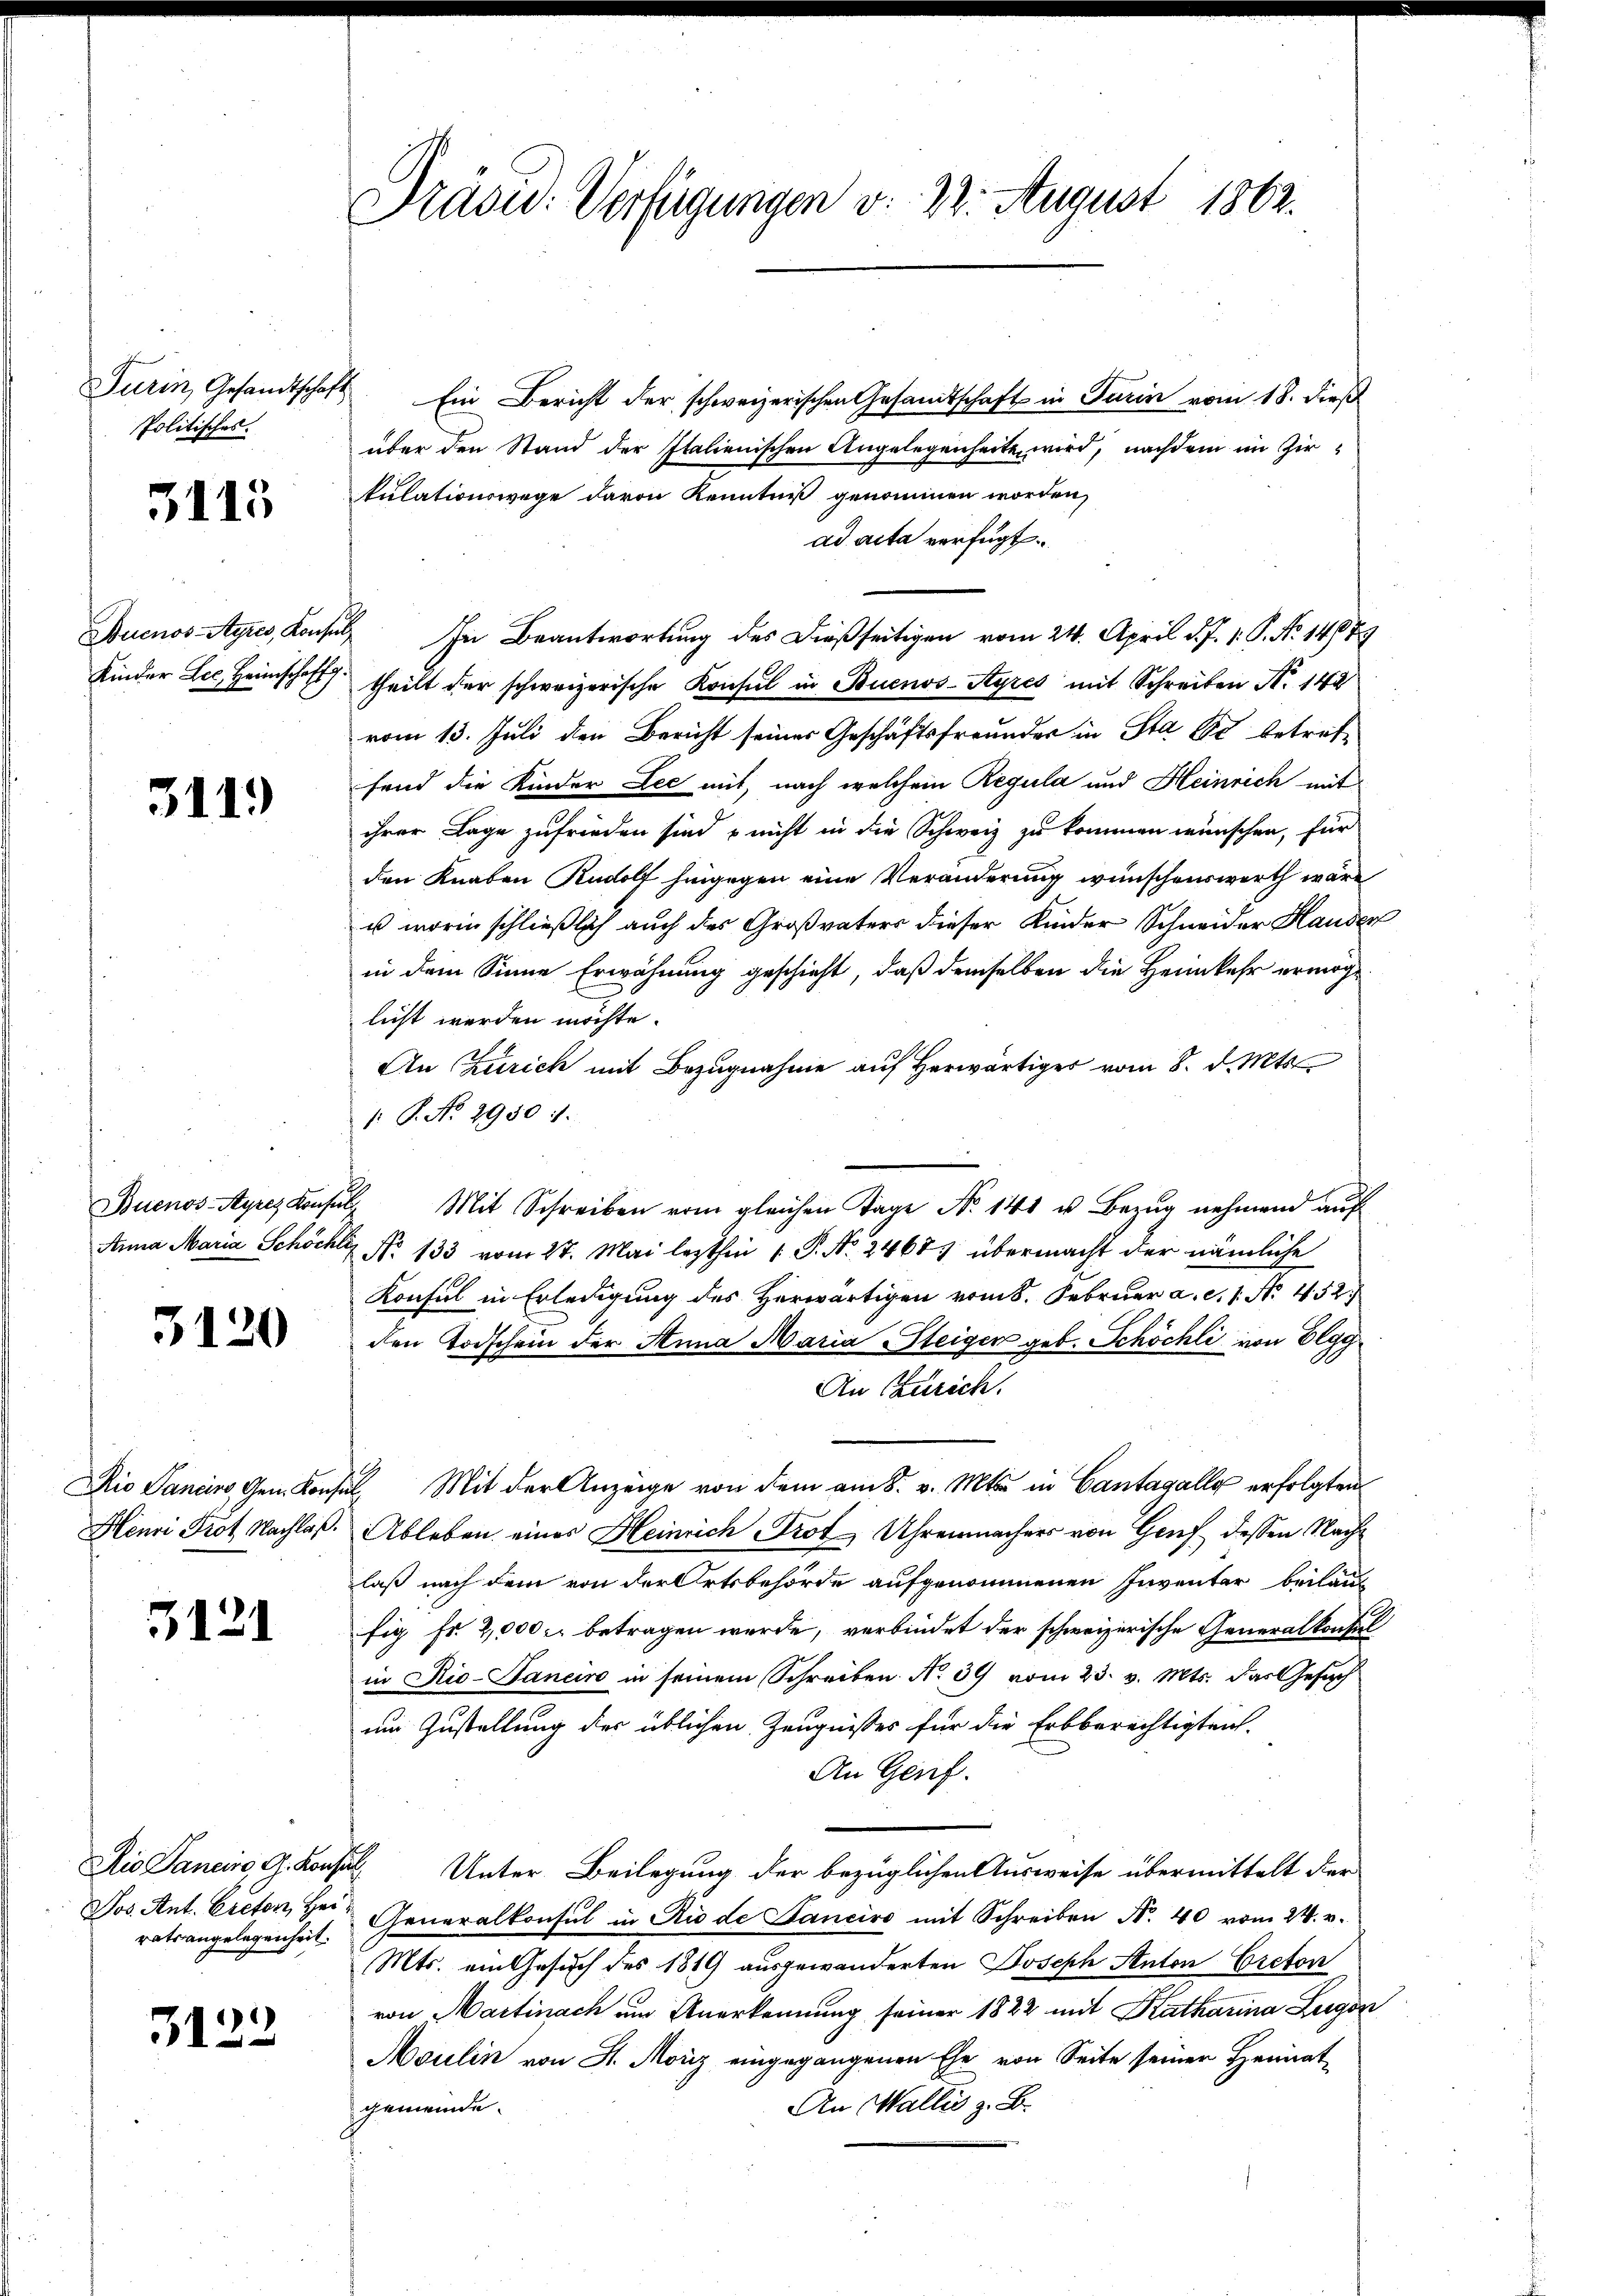
Turin, Gesandtscha
Politisches.

5113

Buenos-Ayres, Konsul
Kinder Lee, Heimschaff

311.

Buenos-Ayres Konsul
Anna Maria Schöchl

3120

Dio Sancino, Gem. Konsen
Henri Trot. Nachlaß.

5121

Jos. Ant. Creton, Heiratsangelegenheit.

3122

Präsid. Verfügungen v. 22. August 1862.

Ein Bericht der schweizerischen Gesandtschaft in Turin vom 18. dieß
über den Stand der Italienischen Angelegenheite wird, nachdem im Zirkulationswege davon Kenntniß genommen worden,
ad acta verfügt:
 In Beantwortung des dießseitigen vom 24. April d. J. 1. P. No 14679
theilt der schweizerische Konsul in Buenos-Ayres mit Schreiben N. 142
vom 13. Juli den Bericht seines Geschäftsfreunder in Stadt betreffand die Kinder Lec mit, nach welchem Regula und Heinrich mit
ihrer Lage zufrieden sind – nicht in die Schweiz zu kommen wünschen, für
den Knaben Rudolf hingegen eine Veränderung wünschenswerth wäre
u worin schließlich auch des Großvaters dieser Kinder Schneider Hander
in dem Sinne Erwähnung geschieht, daß demselben die Heimkehr ermöglicht werden möchte.
An Zürich mit Bezugnahme auf herwärtiges vom 8. d. Mts.
: P. No. 29507.
2. Mit Schreiben vom gleichen Tage No 141 u. Bezug nehmend auf
 No 133 vom 27. Mai lezthin ( P. Nr. 24683 übermacht der nämliche
Konsul in Erledigung des Herwärtigen vom 8. Februar a. c. 1. No. 452.
den Todschein der Anna Maria Steiger geb. Schöchli von Elgg
An Zürich.
I. Mit der Anzeige von dem am 8. v. Mts. in Cantagalle erfolgten
Ableben eines Heinrich Trot Uhrenmacher von Genf dessen Nachlaß nach dem von der Ortsbehörde aufgenommenen Inventar beiläuf
fig Fr. 2,000 fl betragen werde, verbindet der schweizerische Generalkonsul
in Rio-Saneiro in seinem Schreiben No 39 vom 23. v. Mts. das Gesuch
um Zustellung der üblichen Zeugnisses für die Erbberechtigten.
An Genf.
Dio Sancino, G. Konsul Unter Beilegung der bezüglichen Ausweise übermittelt der
Generalkonsul in Rio de Sanciro mit Schreiben N. 40 vom 24. v.
Mts. ein Gesuch des 1819 ausgewanderten Joseph Anton Creton
von Martinach um Anerkennung seiner 1822 mit Katharina Lugan
Moulin von St. Moriz eingegangenen Ehe von Seite seiner Heimat-
An Wallis z. B.
gemeinde.